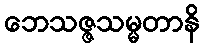
ဘေသဇ္ဇသမ္မတာနိ